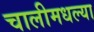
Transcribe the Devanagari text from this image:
चालीमधल्या